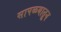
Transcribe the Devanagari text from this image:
सापळयातून